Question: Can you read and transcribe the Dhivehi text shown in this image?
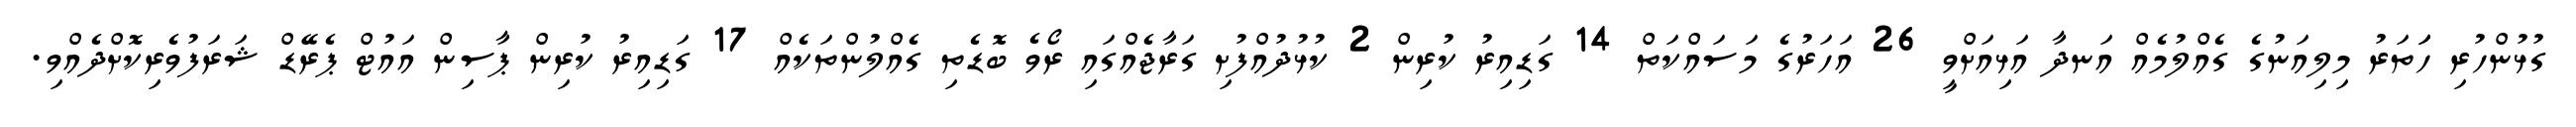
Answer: ގުޅުންހުރި ހަަތަރު މިލިއަނުގެ ގެއްލުމެއް އަނދާ އަޅިއަށްވީ 26 އަހަރުގެ މަސައްކަތް 14 ގަޑިއިރު ކުރިން 2 ކުޅުދުއްފުށި ގަރާޖެއްގައި ރޯވެ ބޮޑެތި ގެއްލުންތަކެއް 17 ގަޑިއިރު ކުރިން ޕާސިން އައުޓް ޕެރޭޑް ޝަރަފުވެރިކޮށްދެއްވި.